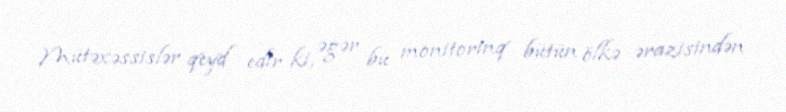
Mütəxəssislər qeyd edir ki, əgər bu monitorinq bütün ölkə ərazisindən